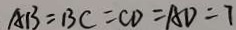
A B = B C = C D = A D = 7